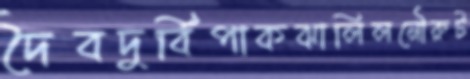
দৈবদুর্বিপাকঝালিলনৌরুট